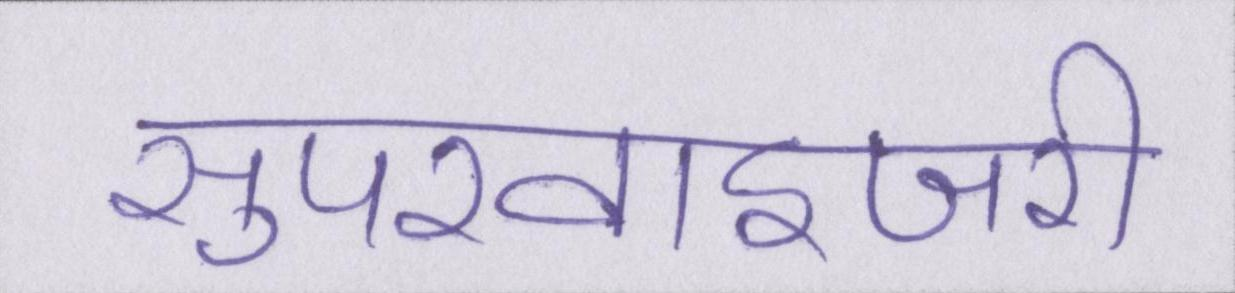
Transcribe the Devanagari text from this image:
सुपरवाइजरी